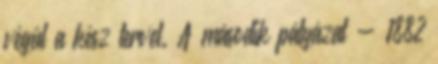
végül a kész tervet. A második pályázat - 1882